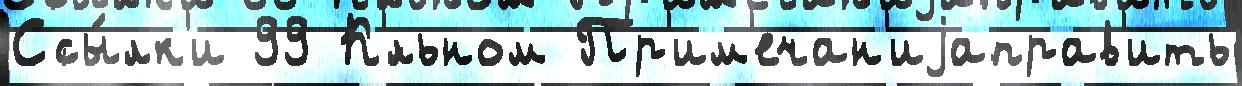
Ссы́лк'и 99 К'́льном Пр'им'ечан'иjаправ'ить